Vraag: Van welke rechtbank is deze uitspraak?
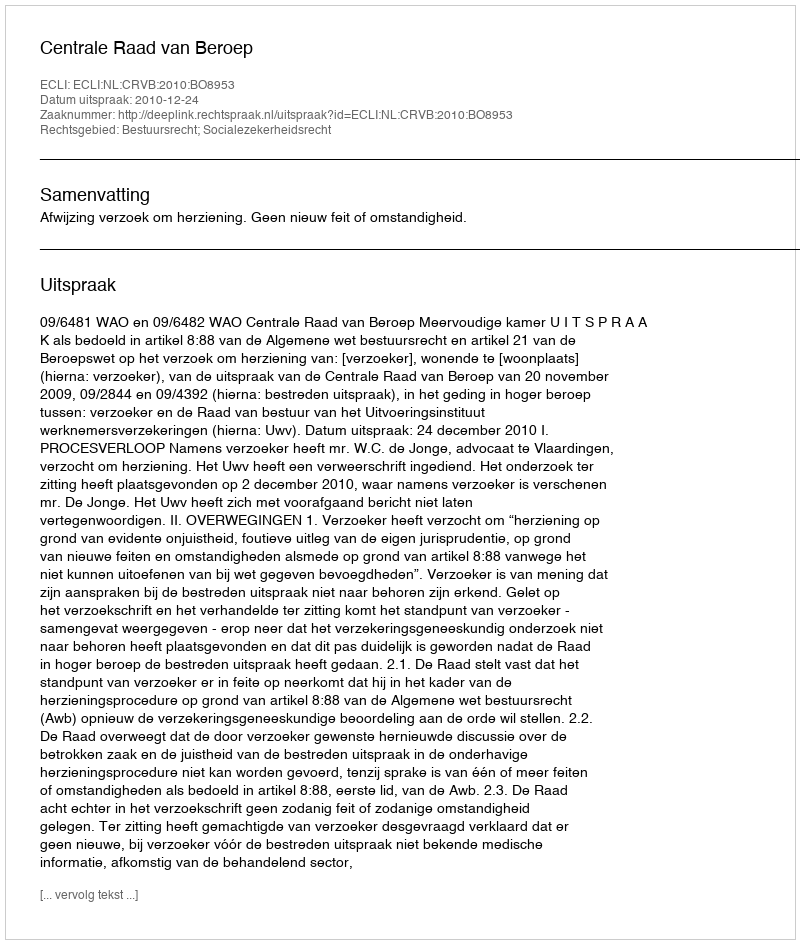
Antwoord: Centrale Raad van Beroep